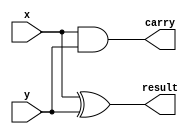
module half_adder(
  input x, y,
  output result,
  output carry
);

assign result = x ^ y;
assign carry = x & y;

endmodule